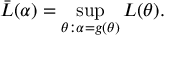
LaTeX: { \bar { L } } ( \alpha ) = \operatorname* { s u p } _ { \theta : \alpha = g ( \theta ) } L ( \theta ) .